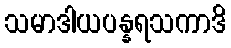
သမာဒါယပန္နရသကာဒိ